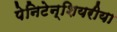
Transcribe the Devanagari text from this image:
पेनिटेन्शियरीया